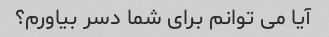
آیا می توانم برای شما دسر بیاورم؟